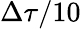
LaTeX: \Delta\tau/10